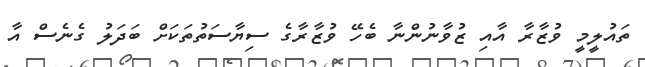
ތައުލީމީ ވުޒާރާ އާއި ޒުވާނުންނާ ބެހޭ ވުޒާރާގެ ސިޔާސަތުތަކަށް ބަދަލު ގެނެސް އާ